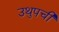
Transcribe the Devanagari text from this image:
उथुपची